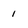
Character: 1